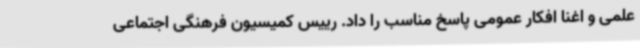
علمی و اغنا افکار عمومی پاسخ مناسب را داد. رییس کمیسیون فرهنگی اجتماعی